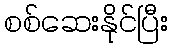
စစ်ဆေးနိုင်ပြီး